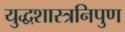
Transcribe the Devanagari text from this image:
युद्धशास्त्रनिपुण